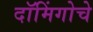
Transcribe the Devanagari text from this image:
दॉमिंगोचे